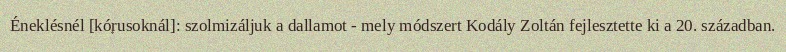
Éneklésnél [kórusoknál]: szolmizáljuk a dallamot - mely módszert Kodály Zoltán fejlesztette ki a 20. században.